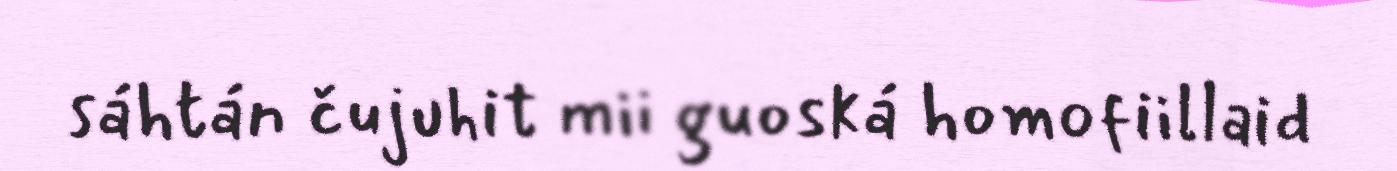
sáhtán čujuhit mii guoská homofiillaid